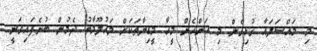
މި މައްސަލައާ ގުޅިގެން މި އަންހެން މީހާ މީޑިޔާތަކަށް މައުލޫމާތު ދެމުން ބުނެފައިވަނީ